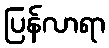
ပြန်လာရာ